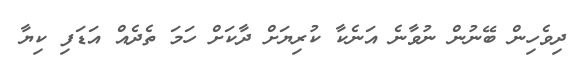
ދިވެހިން ބޭނުން ނުވާނެ އަނެކާ ކުރިޔަށް ދާކަށް ހަމަ ތެދެއް އަޑަފި ކިޔާ